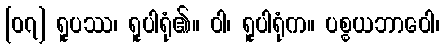
[၀၇] ရူပဿ၊ ရူပါရုံ၏။ ဝါ၊ ရူပါရုံက။ ပစ္စယဘာဝေါ၊